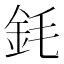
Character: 𲇇